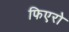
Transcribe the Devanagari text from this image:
फिएरो